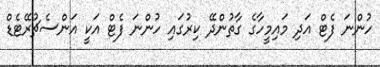
ހުންނަ ފެޓް އަދި މައިމީހާގެ ގާތުންދޭ ކިރުގައި ހުންނަ ފެޓް އަކީ އަންސެޗުރޭޓެޑް